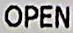
OPEN